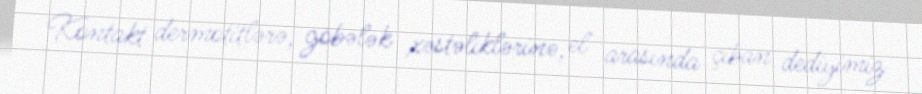
Kontakt dermotitlərə, göbələk xəstəliklərinə, el arasında çiban dediyimiz